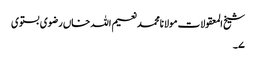
شیخ المعقولات مولانامحمدنعیم اللہ خاں رضوی بستوی
۷۔